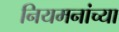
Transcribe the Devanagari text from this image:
नियमनांच्या